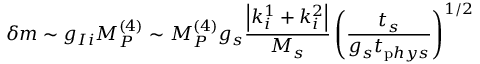
\delta m \sim g _ { I i } M _ { P } ^ { ( 4 ) } \sim M _ { P } ^ { ( 4 ) } g _ { s } \frac { \left| k _ { i } ^ { 1 } + k _ { i } ^ { 2 } \right| } { M _ { s } } \left( \frac { t _ { s } } { g _ { s } t _ { \mathrm p h y s } } \right) ^ { 1 / 2 }